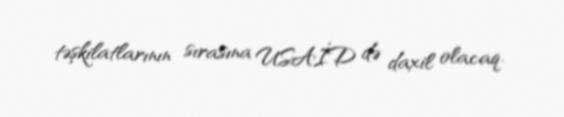
təşkilatlarının sırasına USAİD də daxil olacaq.